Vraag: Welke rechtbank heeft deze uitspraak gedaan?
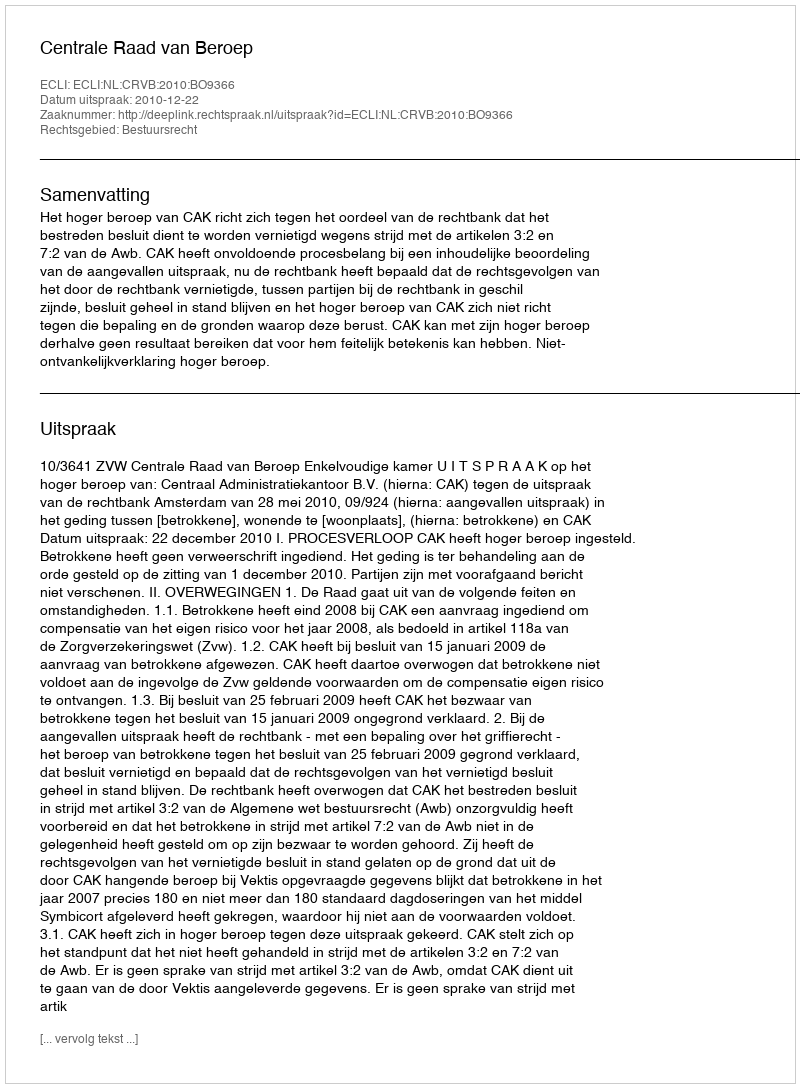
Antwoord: Centrale Raad van Beroep